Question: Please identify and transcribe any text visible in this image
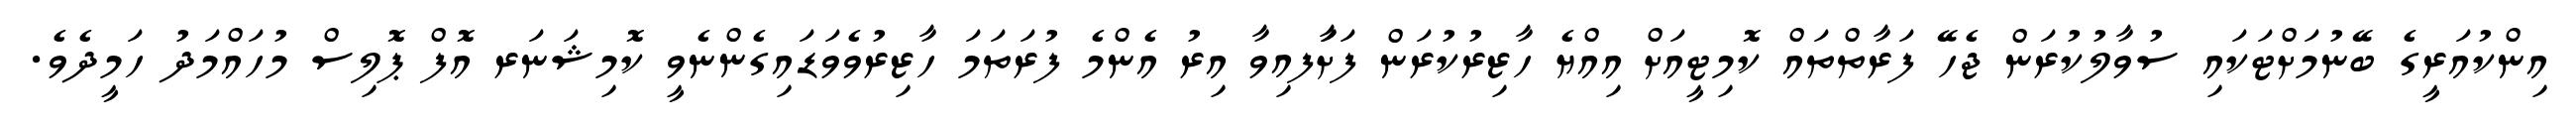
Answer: އިންކުއަރީގެ ބޭނުމަށްޓަކައި ސުވާލުކުރަން ޖެހޭ ފަރާތްތައް ކޮމިޓީއަށް އިއްޔެ ހާޒިރުކުރަން ފަށާަފއިވާ އިރު އެންމެ ފުރަތަމަ ހާޒިރުވެވަޑައިގެންނެވީ ކޮމިޝަނަރ އޮފް ޕޮލިސް މުހައްމަދު ހަމީދެވެ.